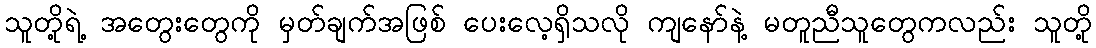
သူတို့ရဲ့ အတွေးတွေကို မှတ်ချက်အဖြစ် ပေးလေ့ရှိသလို ကျနော်နဲ့ မတူညီသူတွေကလည်း သူတို့